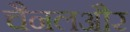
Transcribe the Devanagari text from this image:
चैनलऔर